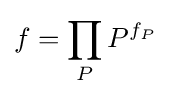
f=\prod _{P}P^{f_{P}}